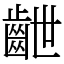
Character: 齛